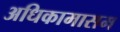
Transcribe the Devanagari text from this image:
अधिकामासम